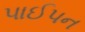
પાઈપન